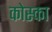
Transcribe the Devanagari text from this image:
कोस्का